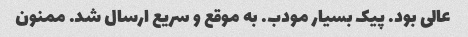
عالی بود. پیک بسیار مودب. به موقع و سریع ارسال شد. ممنون